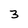
Character: 3